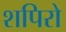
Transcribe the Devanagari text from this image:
शपिरो